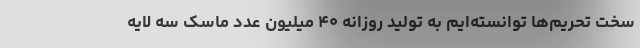
سخت تحریم‌ها توانسته‌ایم به تولید روزانه ۴۰ میلیون عدد ماسک سه لایه